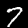
Label: 7